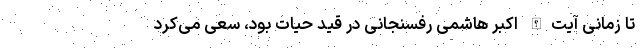
تا زمانی آیت‌الله اکبر هاشمی رفسنجانی در قید حیات بود، سعی می‌کرد